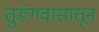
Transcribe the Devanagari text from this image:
तुरूंगवासातून